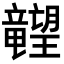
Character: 𬂙